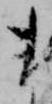
ま